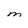
Character: M